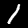
Label: 1